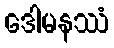
ဒေါမနဿံ